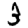
Digit: 3